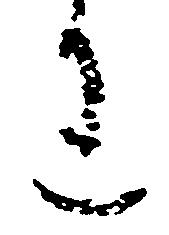
わ